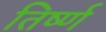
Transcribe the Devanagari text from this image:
तिर्ष्ण